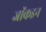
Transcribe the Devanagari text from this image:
जॉकइन